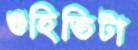
গুহিভিটা